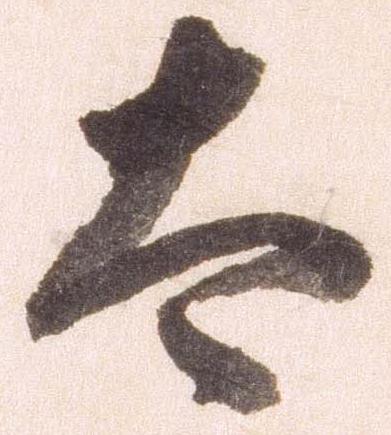
太